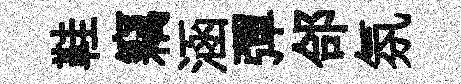
鞋竊涵彈郃氛